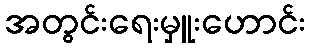
အတွင်းရေးမှူးဟောင်း